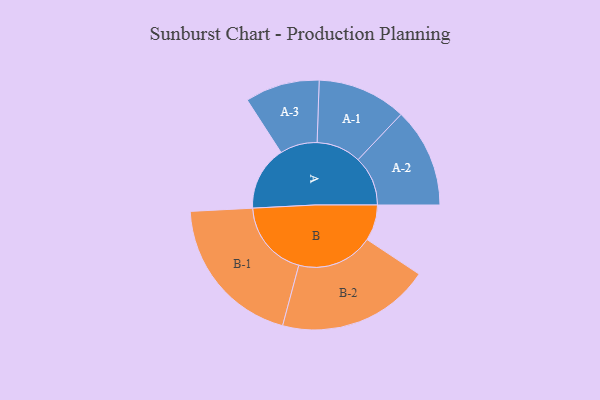
{"axis": {"x": "Segment", "y": "Value"}, "legend": ["", "A", "B"], "data": [{"x": "A", "y": 195, "type": ""}, {"x": "B", "y": 109, "type": ""}, {"x": "A-1", "y": 135, "type": "A"}, {"x": "A-2", "y": 151, "type": "A"}, {"x": "A-3", "y": 113, "type": "A"}, {"x": "B-1", "y": 234, "type": "B"}, {"x": "B-2", "y": 232, "type": "B"}]}